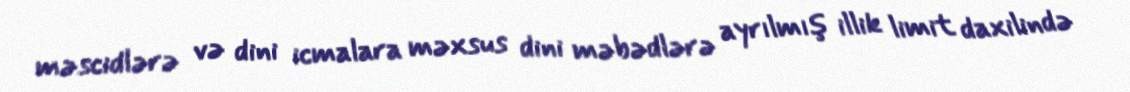
məscidlərə və dini icmalara məxsus dini məbədlərə ayrılmış illik limit daxilində